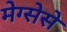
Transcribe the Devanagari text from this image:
मेग्सेसे